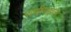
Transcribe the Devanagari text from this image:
राणीमहाल